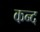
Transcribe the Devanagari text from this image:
कन्‍द